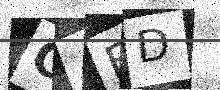
Text: CAFD